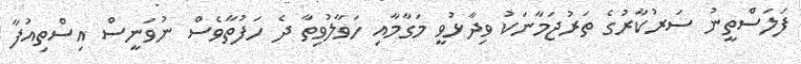
ފަލަސްތީނު ސަރުކާރުގެ ތަރުޖަމާނަކު ވިދާޅުވީ މަގާމާއި ހަވާލުވިތާ ދެ ހަފުތާވެސް ނުވަނީސް އިސްތިއުފާ